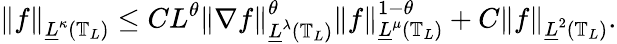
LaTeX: \left\| f\right\| _{\underline{{L}}^{\kappa}(\mathbb{T}_{L})}\leq CL^{\theta}\left\| \nabla f\right\| _{\underline{{L}}^{\lambda}(\mathbb{T}_{L})}^{\theta}\left\| f\right\| _{\underline{{L}}^{\mu}(\mathbb{T}_{L})}^{1-\theta}+C\left\| f\right\| _{\underline{{L}}^{2}(\mathbb{T}_{L})}.